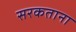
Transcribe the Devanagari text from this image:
सरकताना